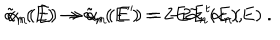
\tilde { \alpha } _ { n } ( E ) \rightarrow \tilde { \alpha } _ { n } ( E ^ { \prime } ) = 2 E \tilde { \alpha } _ { n } ( E ) , \hspace { 1 c m } \alpha _ { n } ( E ) \rightarrow \alpha _ { n } ( E ^ { \prime } ) = - 2 E ^ { t } \alpha _ { n } ( E ) \ .